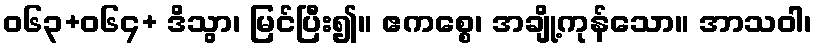
ဝ၆၃+၀၆၄+ ဒိသွာ၊ မြင်ပြီး၍။ ဧကစ္စေ၊ အချို့ကုန်သော။ အာသဝါ၊